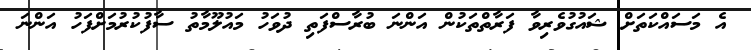
އެ މަސައްކަތަށް ޝައުގުވެރިވާ ފަރާތްތަކުން އަންނަ ބުރާސްފަތި ދުވަހު މައުލޫމާތު ސާފުކުރުމަށްފަހު އަންނަ